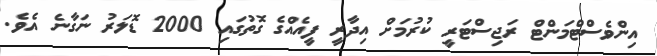
އިންވެސްޓްމަންޓް ރަޖިސްޓަރީ ކުރުމަށް އިދާރީ ފީއެއްގެ ގޮތުގައި 2000 ޑޮލަރު ނަގާނެ އެވެ.